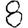
Digit: 8